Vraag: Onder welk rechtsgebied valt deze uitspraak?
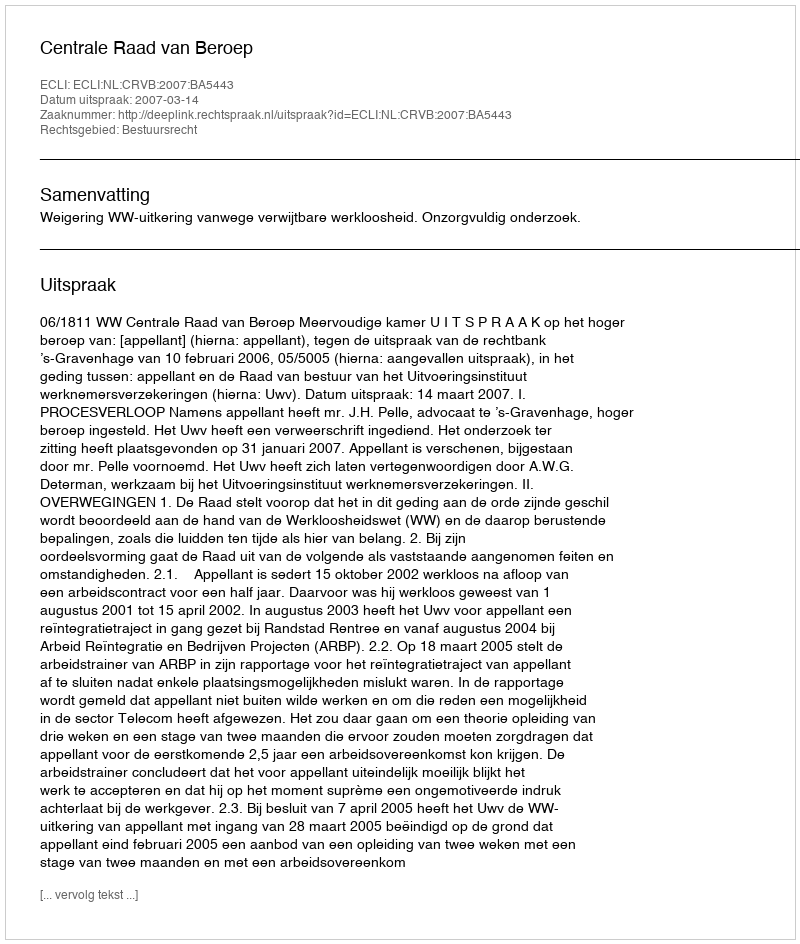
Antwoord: Bestuursrecht